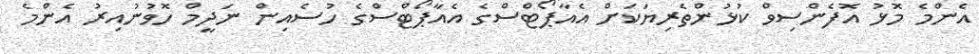
އެންމެ މޮޅު އޮފެންސިވް ކުޅުންތެރިޔަކަށް އެއާޕޯޓްސްގެ އެއާޕޯޓްސްގެ ހުސެއިން ނަދީމް ހޮވުނުއިރު އެންމެ